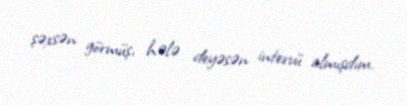
şəxsən görmüş, hələ deyəsən intervü almışdım.